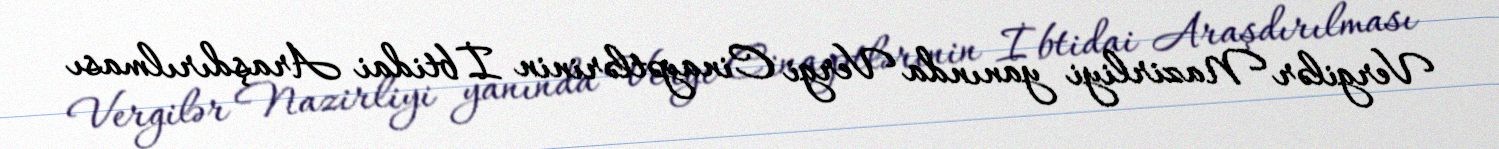
Vergilər Nazirliyi yanında Vergi Cinayətlərinin İbtidai Araşdırılması